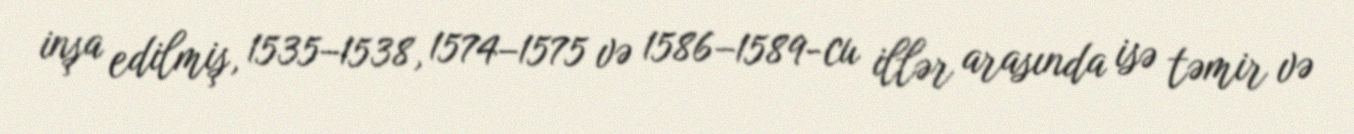
inşa edilmiş, 1535–1538, 1574–1575 və 1586–1589-cu illər arasında isə təmir və